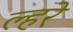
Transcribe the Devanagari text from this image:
ल्हरे